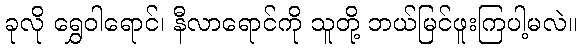
ခုလို ရွှေဝါရောင်၊ နီလာရောင်ကို သူတို့ ဘယ်မြင်ဖူးကြပါ့မလဲ။